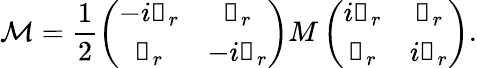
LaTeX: \mathcal{M}=\frac{1}{2}\left(\begin{array}{cc}{-i\mathbb{1}_{r}}&{\mathbb{1}_{r}}\\ {\mathbb{1}_{r}}&{-i\mathbb{1}_{r}}\end{array}\right)M\left(\begin{array}{cc}{i\mathbb{1}_{r}}&{\mathbb{1}_{r}}\\ {\mathbb{1}_{r}}&{i\mathbb{1}_{r}}\end{array}\right).